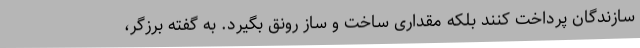
سازندگان پرداخت کنند بلکه مقداری ساخت و ساز رونق بگیرد. به گفته برزگر،